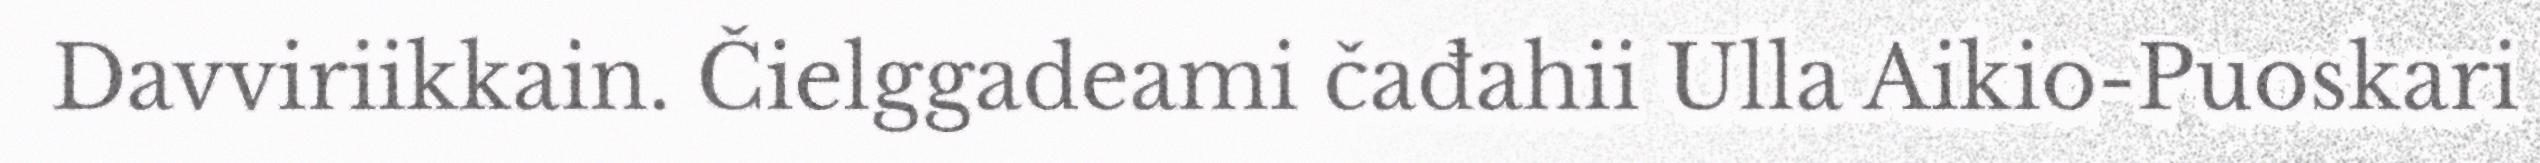
Davviriikkain. Čielggadeami čađahii Ulla Aikio-Puoskari